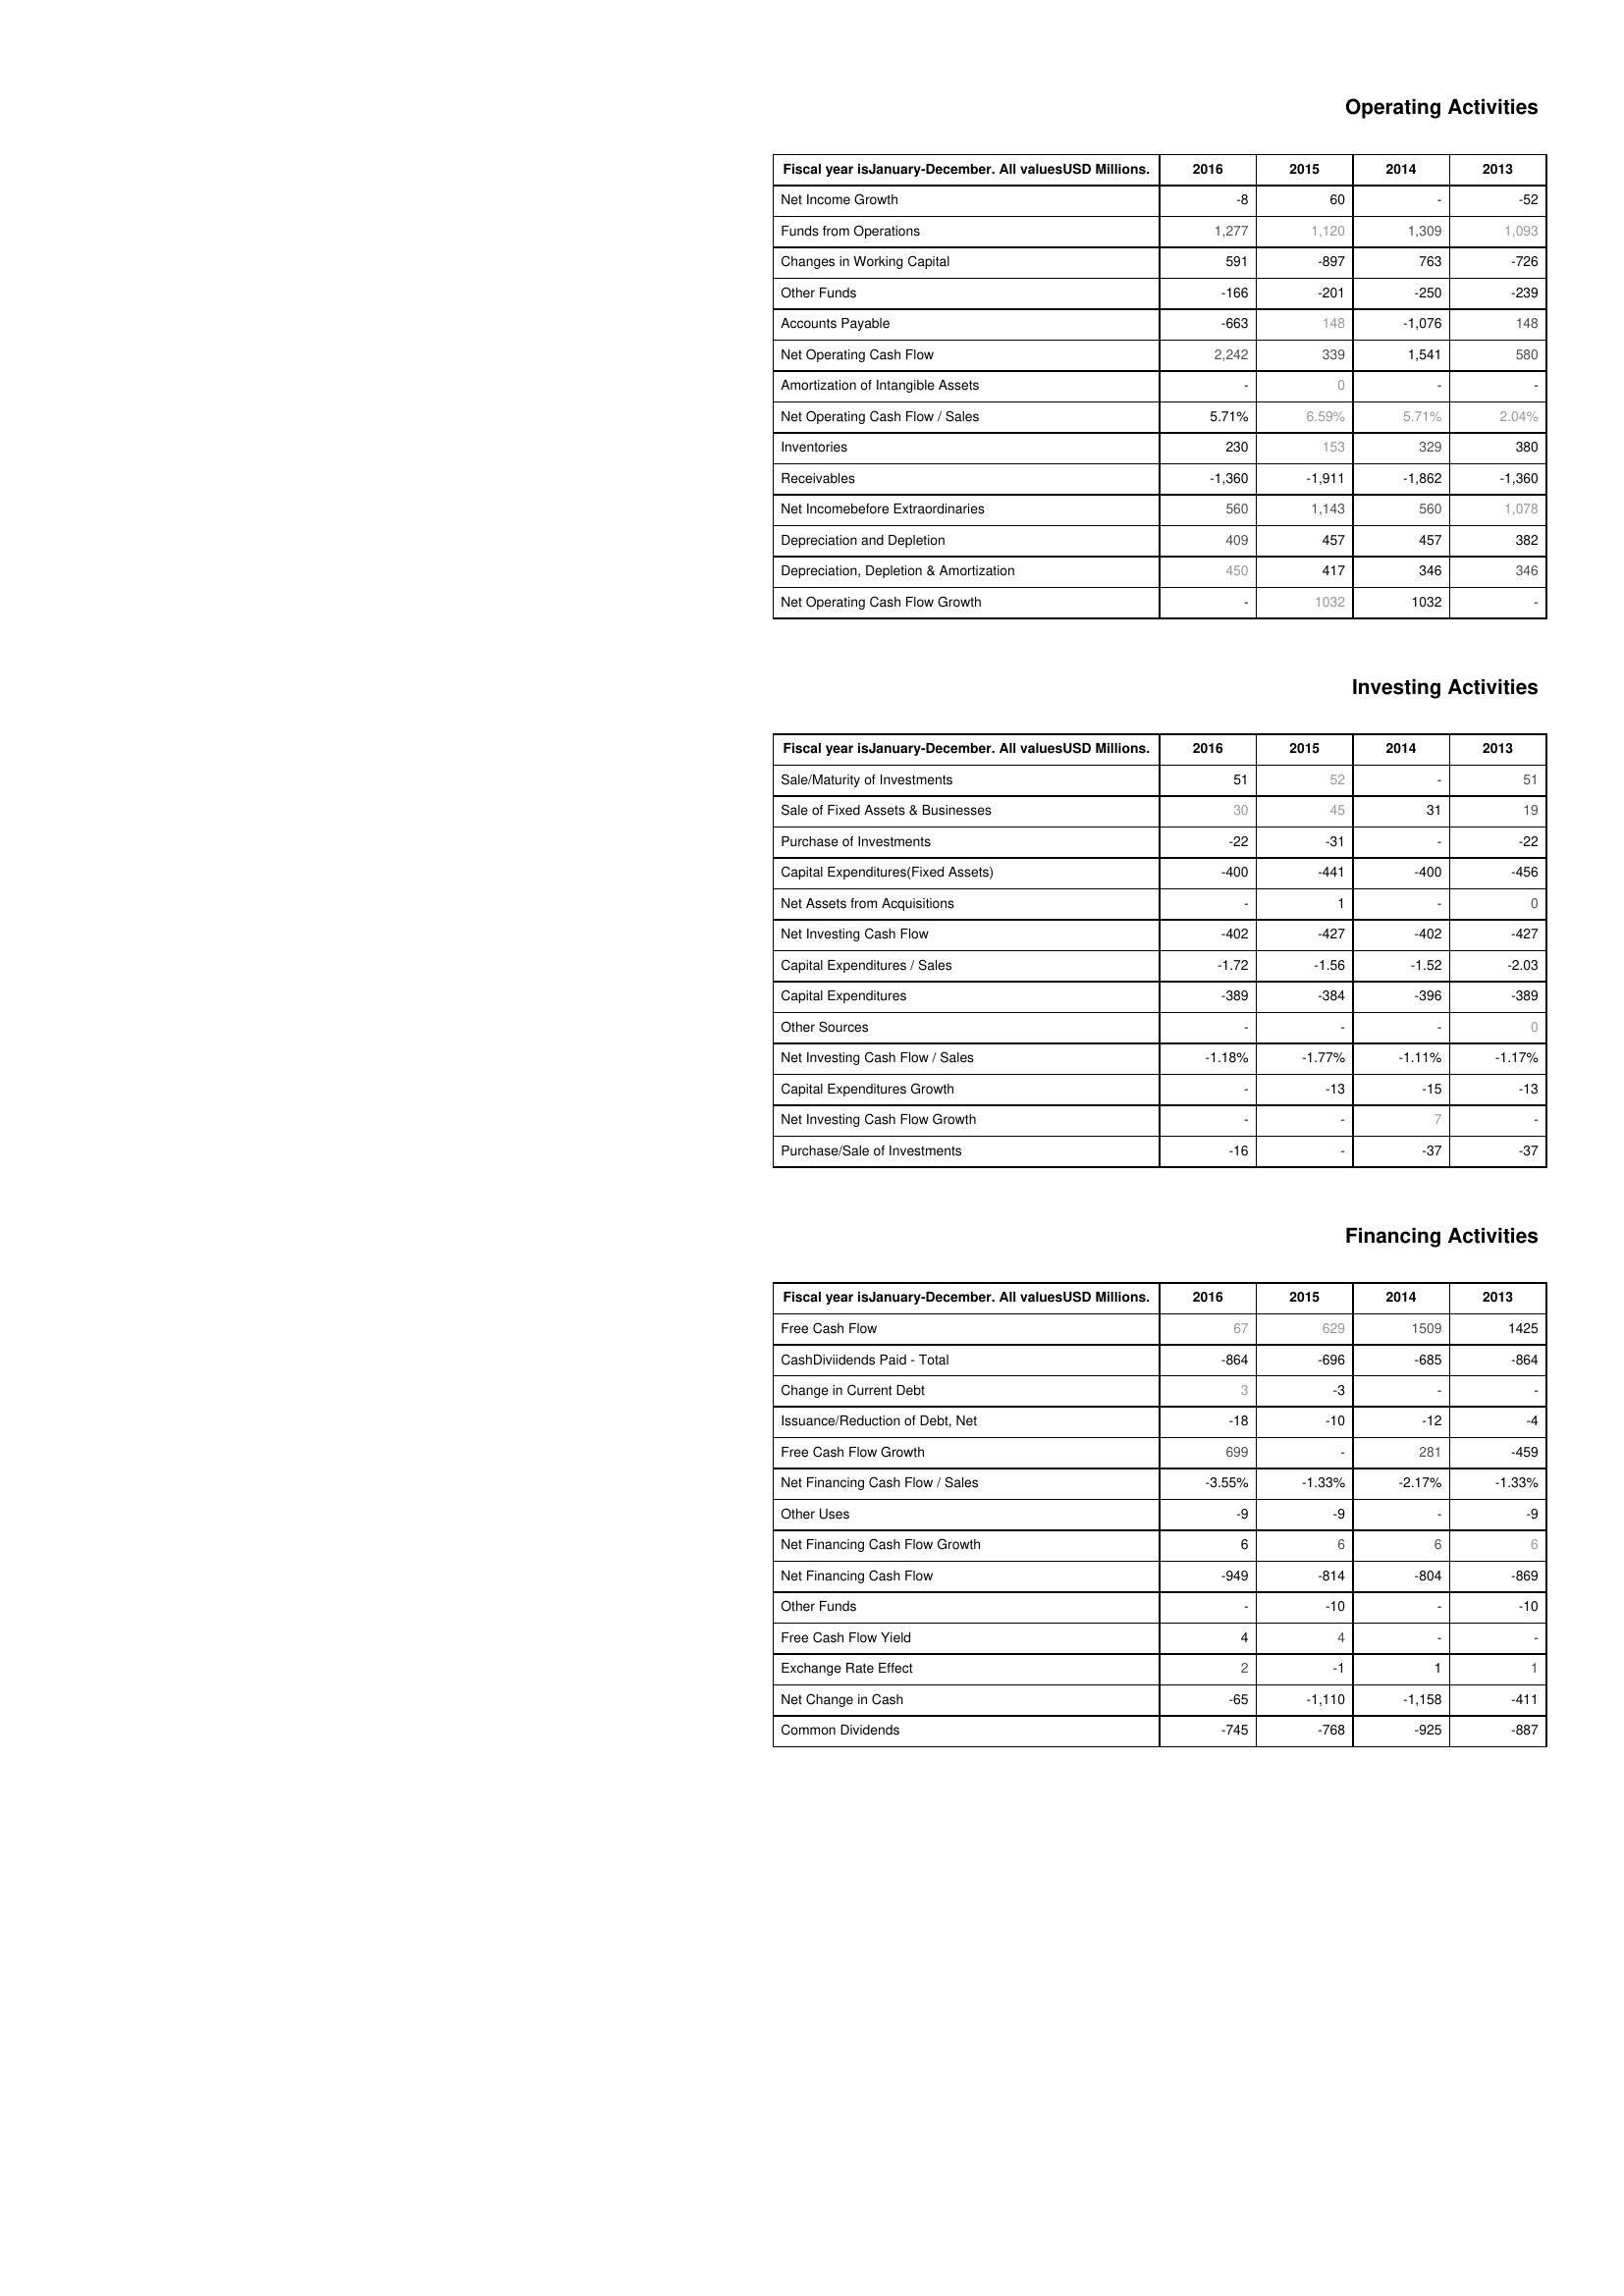
2016: Operating Activities: Net Income Growth: -8
Funds from Operations: 1,277
Changes in Working Capital: 591
Other Funds: -166
Accounts Payable: -663
Net Operating Cash Flow: 2,242
Amortization of Intangible Assets: -
Net Operating Cash Flow / Sales: 5.71%
Inventories: 230
Receivables: -1,360
Net Incomebefore Extraordinaries: 560
Depreciation and Depletion: 409
Depreciation, Depletion & Amortization: 450
Net Operating Cash Flow Growth: -
Investing Activities: Sale/Maturity of Investments: 51
Sale of Fixed Assets & Businesses: 30
Purchase of Investments: -22
Capital Expenditures(Fixed Assets): -400
Net Assets from Acquisitions: -
Net Investing Cash Flow: -402
Capital Expenditures / Sales: -1.72
Capital Expenditures: -389
Other Sources: -
Net Investing Cash Flow / Sales: -1.18%
Capital Expenditures Growth: -
Net Investing Cash Flow Growth: -
Purchase/Sale of Investments: -16
Financing Activities: Free Cash Flow: 67
CashDiviidends Paid - Total: -864
Change in Current Debt: 3
Issuance/Reduction of Debt, Net: -18
Free Cash Flow Growth: 699
Net Financing Cash Flow / Sales: -3.55%
Other Uses: -9
Net Financing Cash Flow Growth: 6
Net Financing Cash Flow: -949
Other Funds: -
Free Cash Flow Yield: 4
Exchange Rate Effect: 2
Net Change in Cash: -65
Common Dividends: -745
2015: Operating Activities: Net Income Growth: 60
Funds from Operations: 1,120
Changes in Working Capital: -897
Other Funds: -201
Accounts Payable: 148
Net Operating Cash Flow: 339
Amortization of Intangible Assets: 0
Net Operating Cash Flow / Sales: 6.59%
Inventories: 153
Receivables: -1,911
Net Incomebefore Extraordinaries: 1,143
Depreciation and Depletion: 457
Depreciation, Depletion & Amortization: 417
Net Operating Cash Flow Growth: 1032
Investing Activities: Sale/Maturity of Investments: 52
Sale of Fixed Assets & Businesses: 45
Purchase of Investments: -31
Capital Expenditures(Fixed Assets): -441
Net Assets from Acquisitions: 1
Net Investing Cash Flow: -427
Capital Expenditures / Sales: -1.56
Capital Expenditures: -384
Other Sources: -
Net Investing Cash Flow / Sales: -1.77%
Capital Expenditures Growth: -13
Net Investing Cash Flow Growth: -
Purchase/Sale of Investments: -
Financing Activities: Free Cash Flow: 629
CashDiviidends Paid - Total: -696
Change in Current Debt: -3
Issuance/Reduction of Debt, Net: -10
Free Cash Flow Growth: -
Net Financing Cash Flow / Sales: -1.33%
Other Uses: -9
Net Financing Cash Flow Growth: 6
Net Financing Cash Flow: -814
Other Funds: -10
Free Cash Flow Yield: 4
Exchange Rate Effect: -1
Net Change in Cash: -1,110
Common Dividends: -768
2014: Operating Activities: Net Income Growth: -
Funds from Operations: 1,309
Changes in Working Capital: 763
Other Funds: -250
Accounts Payable: -1,076
Net Operating Cash Flow: 1,541
Amortization of Intangible Assets: -
Net Operating Cash Flow / Sales: 5.71%
Inventories: 329
Receivables: -1,862
Net Incomebefore Extraordinaries: 560
Depreciation and Depletion: 457
Depreciation, Depletion & Amortization: 346
Net Operating Cash Flow Growth: 1032
Investing Activities: Sale/Maturity of Investments: -
Sale of Fixed Assets & Businesses: 31
Purchase of Investments: -
Capital Expenditures(Fixed Assets): -400
Net Assets from Acquisitions: -
Net Investing Cash Flow: -402
Capital Expenditures / Sales: -1.52
Capital Expenditures: -396
Other Sources: -
Net Investing Cash Flow / Sales: -1.11%
Capital Expenditures Growth: -15
Net Investing Cash Flow Growth: 7
Purchase/Sale of Investments: -37
Financing Activities: Free Cash Flow: 1509
CashDiviidends Paid - Total: -685
Change in Current Debt: -
Issuance/Reduction of Debt, Net: -12
Free Cash Flow Growth: 281
Net Financing Cash Flow / Sales: -2.17%
Other Uses: -
Net Financing Cash Flow Growth: 6
Net Financing Cash Flow: -804
Other Funds: -
Free Cash Flow Yield: -
Exchange Rate Effect: 1
Net Change in Cash: -1,158
Common Dividends: -925
2013: Operating Activities: Net Income Growth: -52
Funds from Operations: 1,093
Changes in Working Capital: -726
Other Funds: -239
Accounts Payable: 148
Net Operating Cash Flow: 580
Amortization of Intangible Assets: -
Net Operating Cash Flow / Sales: 2.04%
Inventories: 380
Receivables: -1,360
Net Incomebefore Extraordinaries: 1,078
Depreciation and Depletion: 382
Depreciation, Depletion & Amortization: 346
Net Operating Cash Flow Growth: -
Investing Activities: Sale/Maturity of Investments: 51
Sale of Fixed Assets & Businesses: 19
Purchase of Investments: -22
Capital Expenditures(Fixed Assets): -456
Net Assets from Acquisitions: 0
Net Investing Cash Flow: -427
Capital Expenditures / Sales: -2.03
Capital Expenditures: -389
Other Sources: 0
Net Investing Cash Flow / Sales: -1.17%
Capital Expenditures Growth: -13
Net Investing Cash Flow Growth: -
Purchase/Sale of Investments: -37
Financing Activities: Free Cash Flow: 1425
CashDiviidends Paid - Total: -864
Change in Current Debt: -
Issuance/Reduction of Debt, Net: -4
Free Cash Flow Growth: -459
Net Financing Cash Flow / Sales: -1.33%
Other Uses: -9
Net Financing Cash Flow Growth: 6
Net Financing Cash Flow: -869
Other Funds: -10
Free Cash Flow Yield: -
Exchange Rate Effect: 1
Net Change in Cash: -411
Common Dividends: -887